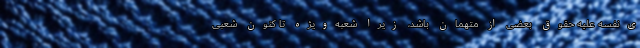
ی‌نفسه علیه حقوق بعضی از متهمان باشد، زیرا شعبه‌ویژه تا کنون شعبی